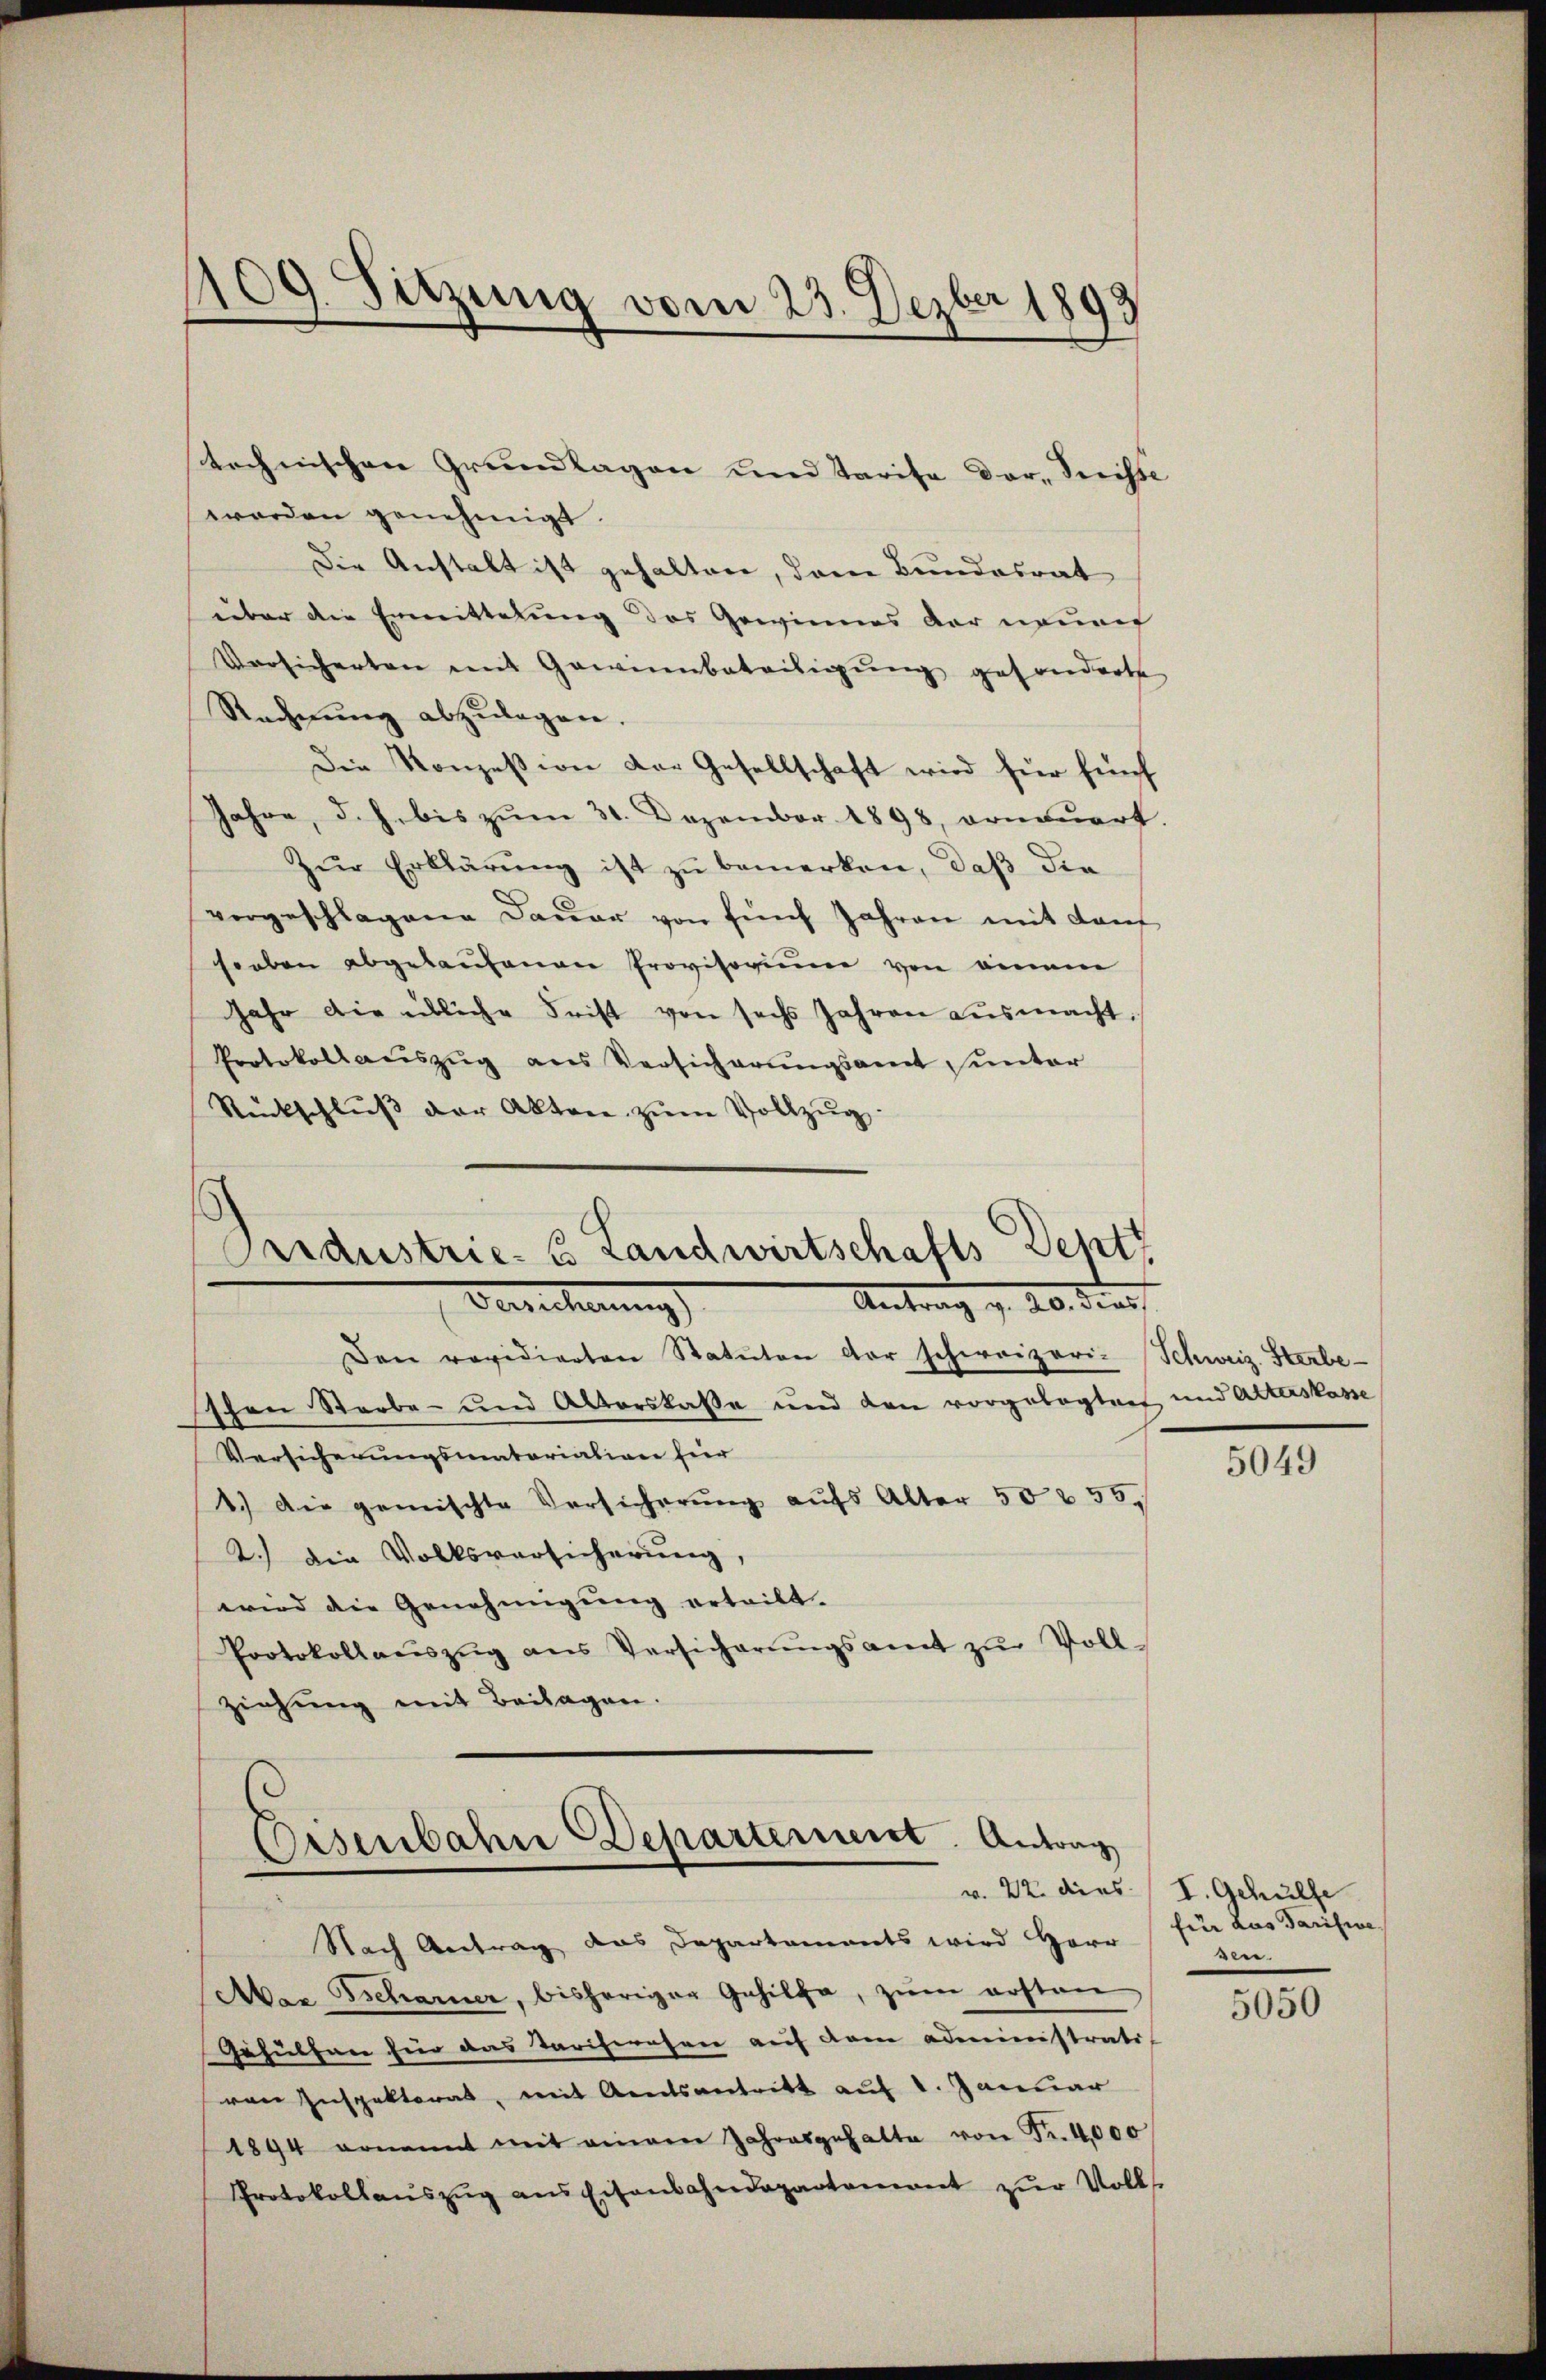
1109. Sitzung vom 23. Dezber 1893

technischen Grundlagen und Tarife dar, Triste
worden genehmigt.
Die Anstalt ist gehalten, dem Bundesrat
über die Ermittelung des Gewinnes der neuen
Versicherten mit Gewinnbeteiligung gesonderte
Rechnŭng abzulagen.
Die Konzession der Gesellschaft wird für fünf
Jahre, d. h. bis zum 31. Dezember 1898, erneuert.
Zŭr Erklärung ist zu bemerken, daß die
vorgeschlagene Dauer von fünf Jahren mit darf
soeben abgelaufenen Provisorium von einem
Jahr die übliche Frist von sechs Jahren ausmacht
Protokollauszug aus Versicherŭngsamt unter
Rückschlŭβ der Akten zŭm Vollzŭg.
Pridustrie- & Landwirtschafts Dent

Antrag z. ab. Dies
Berechnung

Den revidierten Statuten der schweizeri-Schweiz. Sterbe-
Eschen Sterbe- und Alterskaße und den vorgelegten und Alterskasse
Versicherungsmatariation für
1.) Die gemischte Versicherŭng aufs Alter 502 55.
2.) Die Volksversicherung
wird die Genehmigung erteilt.
Protokollaŭszŭg ans Versicherŭngsamt zŭ Voll-
ziehung mit Beilagen.
Eisenbahn Departement. Antrag
v. 22. dies
Nach Antrag das Departaments wird Herr
Mar Tscharner, bisheriger Gehilfe, zŭm ersten
Gehülfen für das Tariferesene auf dem administrati
von Inspektorat, mit Amtsantritt auf 1. Januar
1894 ernannt mit einem Jahresgehalte von Fr. 4,000
Protokollaŭszŭg ans Eisenbahndepartement zŭr Vollst

5049

I. Gehülfe
für Lus Tarifive
0

5050